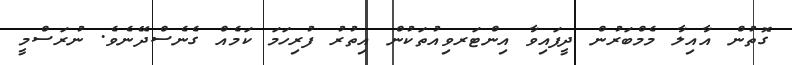
ގޮތުން އާއިލާ މެމްބަރުން ދީފައިވާ އިންޓަރވިއުތަކުން އިތުރު ފުރިހަމަ ކަމެއް ގެނެސްދޭނެވެ. ނުރަސްމީ